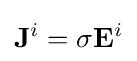
\mathbf {J} ^{i}=\sigma \mathbf {E} ^{i}